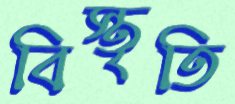
বিস্তৃতি